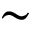
\sim